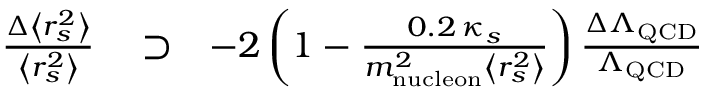
\begin{array} { r l r } { \frac { \Delta \left< r _ { s } ^ { 2 } \right> } { \left< r _ { s } ^ { 2 } \right> } } & { { } \supset } & { - 2 \left( 1 - \frac { 0 . 2 \, \kappa _ { s } } { m _ { \mathrm { n u c l e o n } } ^ { 2 } \left< r _ { s } ^ { 2 } \right> } \right) \frac { \Delta \Lambda _ { \mathrm { Q C D } } } { \Lambda _ { \mathrm { Q C D } } } } \end{array}